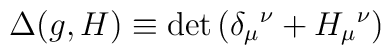
\Delta (g, H) \equiv \det{\left( \delta_{\mu} {}^\nu + H_{\mu} {}^\nu \right)}